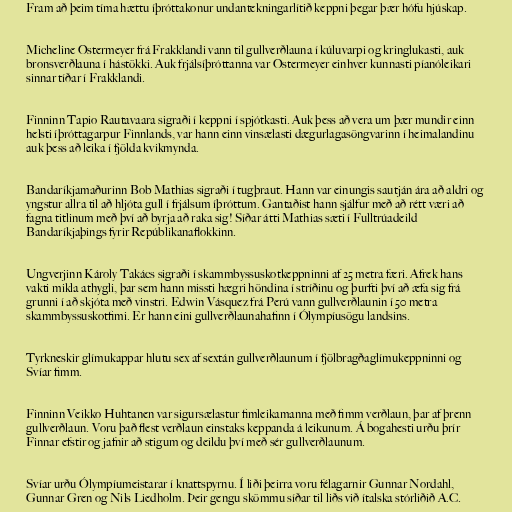
Fram að þeim tíma hættu íþróttakonur undantekningarlítið keppni þegar þær hófu hjúskap.

Micheline Ostermeyer frá Frakklandi vann til gullverðlauna í kúluvarpi og kringlukasti, auk
bronsverðlauna í hástökki. Auk frjálsíþróttanna var Ostermeyer einhver kunnasti píanóleikari
sinnar tíðar í Frakklandi.

Finninn Tapio Rautavaara sigraði í keppni í spjótkasti. Auk þess að vera um þær mundir einn
helsti íþróttagarpur Finnlands, var hann einn vinsælasti dægurlagasöngvarinn í heimalandinu
auk þess að leika í fjölda kvikmynda.

Bandaríkjamaðurinn Bob Mathias sigraði í tugþraut. Hann var einungis sautján ára að aldri og
yngstur allra til að hljóta gull í frjálsum íþróttum. Gantaðist hann sjálfur með að rétt væri að
fagna titlinum með því að byrja að raka sig! Síðar átti Mathias sæti í Fulltrúadeild
Bandaríkjaþings fyrir Repúblikanaflokkinn.

Ungverjinn Károly Takács sigraði í skammbyssuskotkeppninni af 25 metra færi. Afrek hans
vakti mikla athygli, þar sem hann missti hægri höndina í stríðinu og þurfti því að æfa sig frá
grunni í að skjóta með vinstri. Edwin Vásquez frá Perú vann gullverðlaunin í 50 metra
skammbyssuskotfimi. Er hann eini gullverðlaunahafinn í Ólympíusögu landsins.

Tyrkneskir glímukappar hlutu sex af sextán gullverðlaunum í fjölbragðaglímukeppninni og
Svíar fimm.

Finninn Veikko Huhtanen var sigursælastur fimleikamanna með fimm verðlaun, þar af þrenn
gullverðlaun. Voru það flest verðlaun einstaks keppanda á leikunum. Á bogahesti urðu þrír
Finnar efstir og jafnir að stigum og deildu því með sér gullverðlaunum.

Svíar urðu Ólympíumeistarar í knattspyrnu. Í liði þeirra voru félagarnir Gunnar Nordahl,
Gunnar Gren og Nils Liedholm. Þeir gengu skömmu síðar til liðs við ítalska stórliðið A.C.